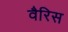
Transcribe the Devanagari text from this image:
वैरिस